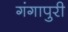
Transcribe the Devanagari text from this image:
गंगापुरी